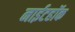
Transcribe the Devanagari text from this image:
नाईटहॉक